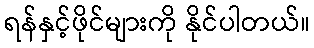
ရန်နှင့်ဖိုင်များကို နိုင်ပါတယ်။